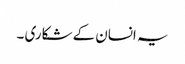
یہ انسان کے شکاری ۔